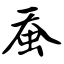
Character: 蚕